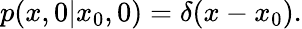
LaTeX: p(x,0|x_{0},0)=\delta(x-x_{0}).